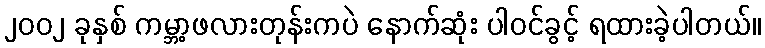
၂၀၀၂ ခုနှစ် ကမ္ဘာ့ဖလားတုန်းကပဲ နောက်ဆုံး ပါဝင်ခွင့် ရထားခဲ့ပါတယ်။